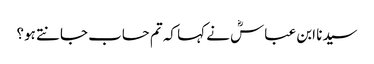
سیدنا ابن عباسؓ نے کہا کہ تم حساب جانتے ہو؟